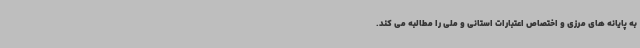
به پایانه های مرزی و اختصاص اعتبارات استانی و ملی را مطالبه می کند.